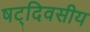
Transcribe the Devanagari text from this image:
षट्‌दिवसीय